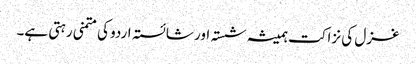
غزل کی نزاکت ہمیشہ شستہ اور شائستہ اردو کی متمنی رہتی ہے۔